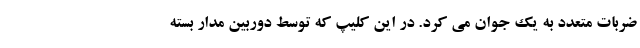
ضربات متعدد به یک جوان می کرد. در این کلیپ که توسط دوربین مدار بسته